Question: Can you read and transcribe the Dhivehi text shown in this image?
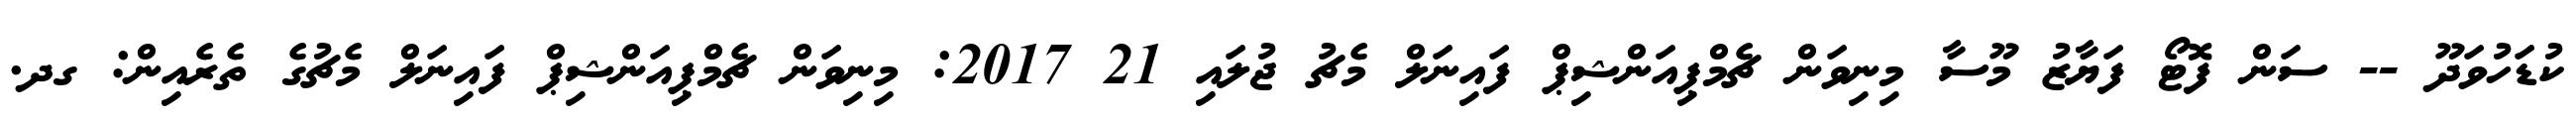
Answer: ކުޑަހުވަދޫ -- ސަން ފޮޓޯ ފަޔާޒު މޫސާ މިނިވަން ޗެމްޕިއަންޝިޕް ފައިނަލް މެޗު ޖުލައި 21 2017: މިނިވަން ޗެމްޕިއަންޝިޕް ފައިނަލް މެޗުގެ ތެރެއިން: ގދ.